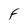
Character: F